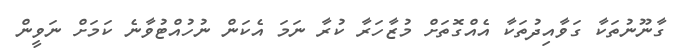
ގާނޫނުތަކާ ގަވާއިދުތަކާ އެއްގޮތަށް މުޒާހަރާ ކުރާ ނަމަ އެކަން ނުހުއްޓުވާނެ ކަމަށް ނަވީން